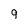
Character: 9